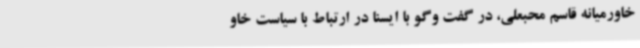
خاورمیانه قاسم محبعلی، در گفت وگو با ایسنا در ارتباط با سیاست خاو